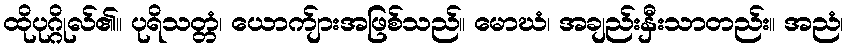
ထိုပုဂ္ဂိုလ်၏။ ပုရိသတ္တံ၊ ယောက်ျားအဖြစ်သည်။ မောဃံ၊ အချည်းနှီးသာတည်း။ အညံ၊